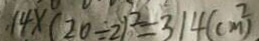
1 4 \times ( 2 0 \div 2 ) ^ { 2 } = 3 1 4 ( c m ^ { 2 } )